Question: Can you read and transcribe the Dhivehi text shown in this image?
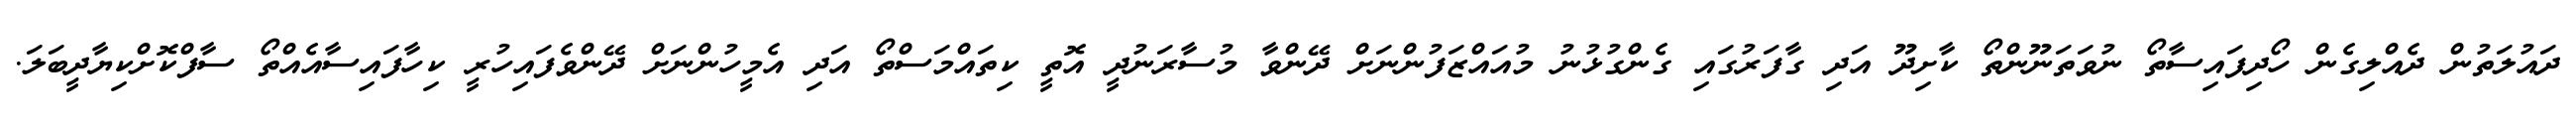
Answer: ދައުލަތުން ދެއްލިގެން ހޯދިފައިސާތޯ ނުވަތަނޫންތޯ ކާށިދޫ އަދި ގާފަރުގައި ގެންގުޅުނު މުއައްޒަފުންނަށް ދޭންވާ މުސާރަނުދީ އޮތީ ކިތައްމަސްތޯ އަދި އެމީހުންނަށް ދޭންވެފައިހުރީ ކިހާފައިސާއެއްތޯ ސާފްކޮށްކިޔާދީބަލަ.